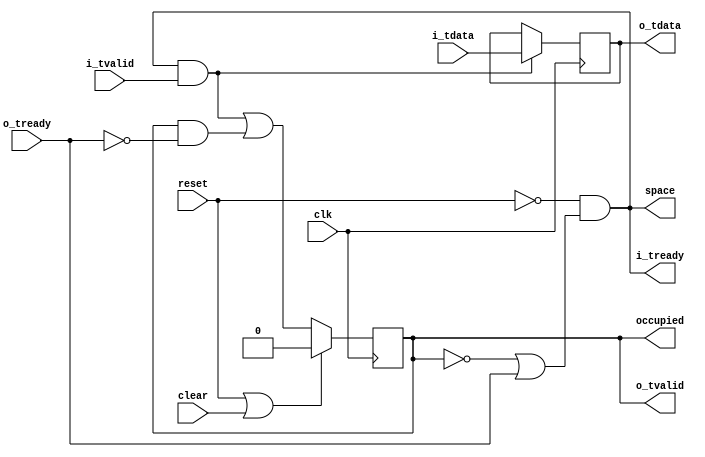
//
// Copyright 2014 Ettus Research LLC
// Copyright 2018 Ettus Research, a National Instruments Company
//
// SPDX-License-Identifier: LGPL-3.0-or-later
//


//
// Single FIFO (register) with AXI4-STREAM interface
//

module axi_fifo_flop
  #(parameter WIDTH=32)
   (input clk,
    input reset,
    input clear,
    input [WIDTH-1:0] i_tdata,
    input i_tvalid,
    output i_tready,
    output reg [WIDTH-1:0] o_tdata = 'd0,
    output reg o_tvalid = 1'b0,
    input o_tready,
    output space,
    output occupied);

   assign i_tready = ~reset & (~o_tvalid | o_tready);

   always @(posedge clk)
     if(reset | clear)
       o_tvalid <= 1'b0;
     else
       o_tvalid <= (i_tready & i_tvalid) | (o_tvalid & ~o_tready);

   always @(posedge clk)
     if(i_tvalid & i_tready)
       o_tdata <= i_tdata;

   // These aren't terribly useful, but include them for consistency
   assign space = i_tready;
   assign occupied = o_tvalid;

endmodule // axi_fifo_flop